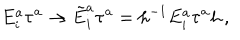
E _ { i } ^ { a } \tau ^ { a } \to \tilde { E } _ { i } ^ { a } \tau ^ { a } = h ^ { - 1 } E _ { i } ^ { a } \tau ^ { a } h \, ,